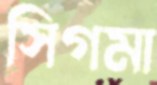
সিগমা